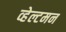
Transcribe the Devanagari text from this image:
व्हेल्टमन